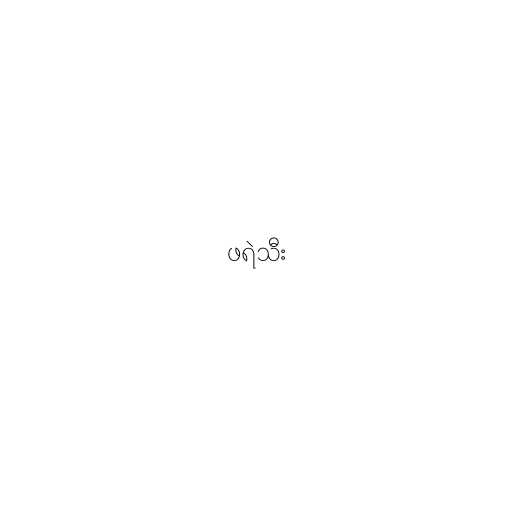
ဖရဲသီး